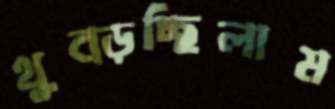
থুব্‌ড়চ্ছিলাম